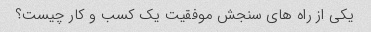
یکی از راه های سنجش موفقیت یک کسب و کار چیست؟